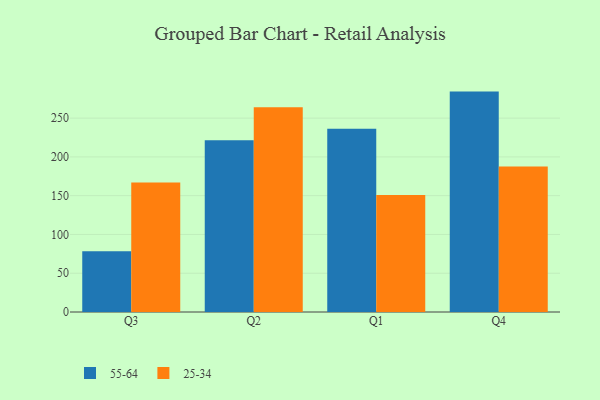
{"axis": {"x": "Quarter", "y": "LTV (USD)"}, "legend": ["25-34", "55-64"], "data": [{"x": "Q3", "y": 78.4, "type": "55-64"}, {"x": "Q3", "y": 166.9, "type": "25-34"}, {"x": "Q2", "y": 221.4, "type": "55-64"}, {"x": "Q2", "y": 263.9, "type": "25-34"}, {"x": "Q1", "y": 236.4, "type": "55-64"}, {"x": "Q1", "y": 150.8, "type": "25-34"}, {"x": "Q4", "y": 284.2, "type": "55-64"}, {"x": "Q4", "y": 187.6, "type": "25-34"}]}